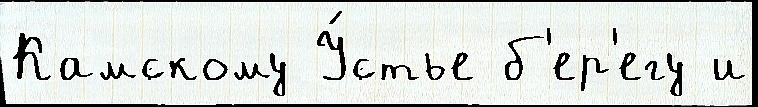
Камскому У́стье б'ер'егу и